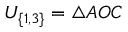
U _ { \{ 1 , 3 \} } = \triangle A O C